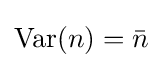
{\rm {Var}}(n)={\bar {n}}